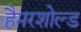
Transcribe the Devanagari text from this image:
हैमरशोल्ड